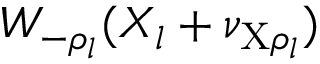
W _ { - \rho _ { l } } ( X _ { l } + \nu _ { \mathrm { X } \rho _ { l } } )